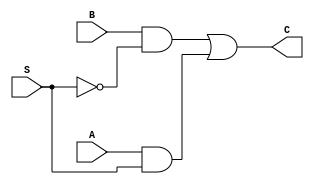
module Mux_2by1(input A, input B, input S, output C);
    assign C= (B & (~S)) | (A & S);
endmodule